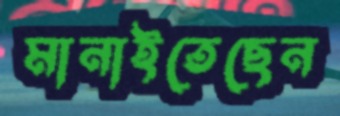
মানাইতেছেন